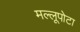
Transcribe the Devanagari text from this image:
मल्लूपोटा